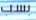
بسب